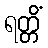
ရတ္တိံ